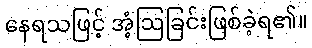
နေရသဖြင့် အံ့ဩခြင်းဖြစ်ခဲ့ရ၏။